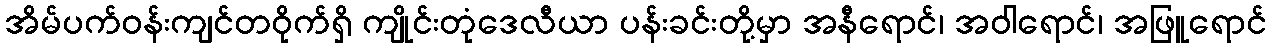
အိမ်ပက်ဝန်းကျင်တဝိုက်ရှိ ကျိုင်းတုံဒေလီယာ ပန်းခင်းတို့မှာ အနီရောင်၊ အဝါရောင်၊ အဖြူရောင်